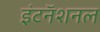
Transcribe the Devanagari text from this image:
इंटनॅशनल